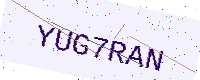
Text: YUG7RAN